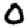
Digit: 0